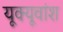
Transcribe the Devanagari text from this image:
यूक्यूवांश